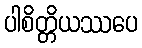
ပါစိတ္တိယဿပေ